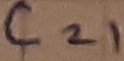
Text: C21